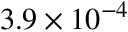
3 . 9 \times 1 0 ^ { - 4 }